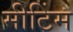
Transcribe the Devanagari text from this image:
मीटिंम